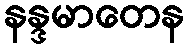
နန္ဒမာတေန